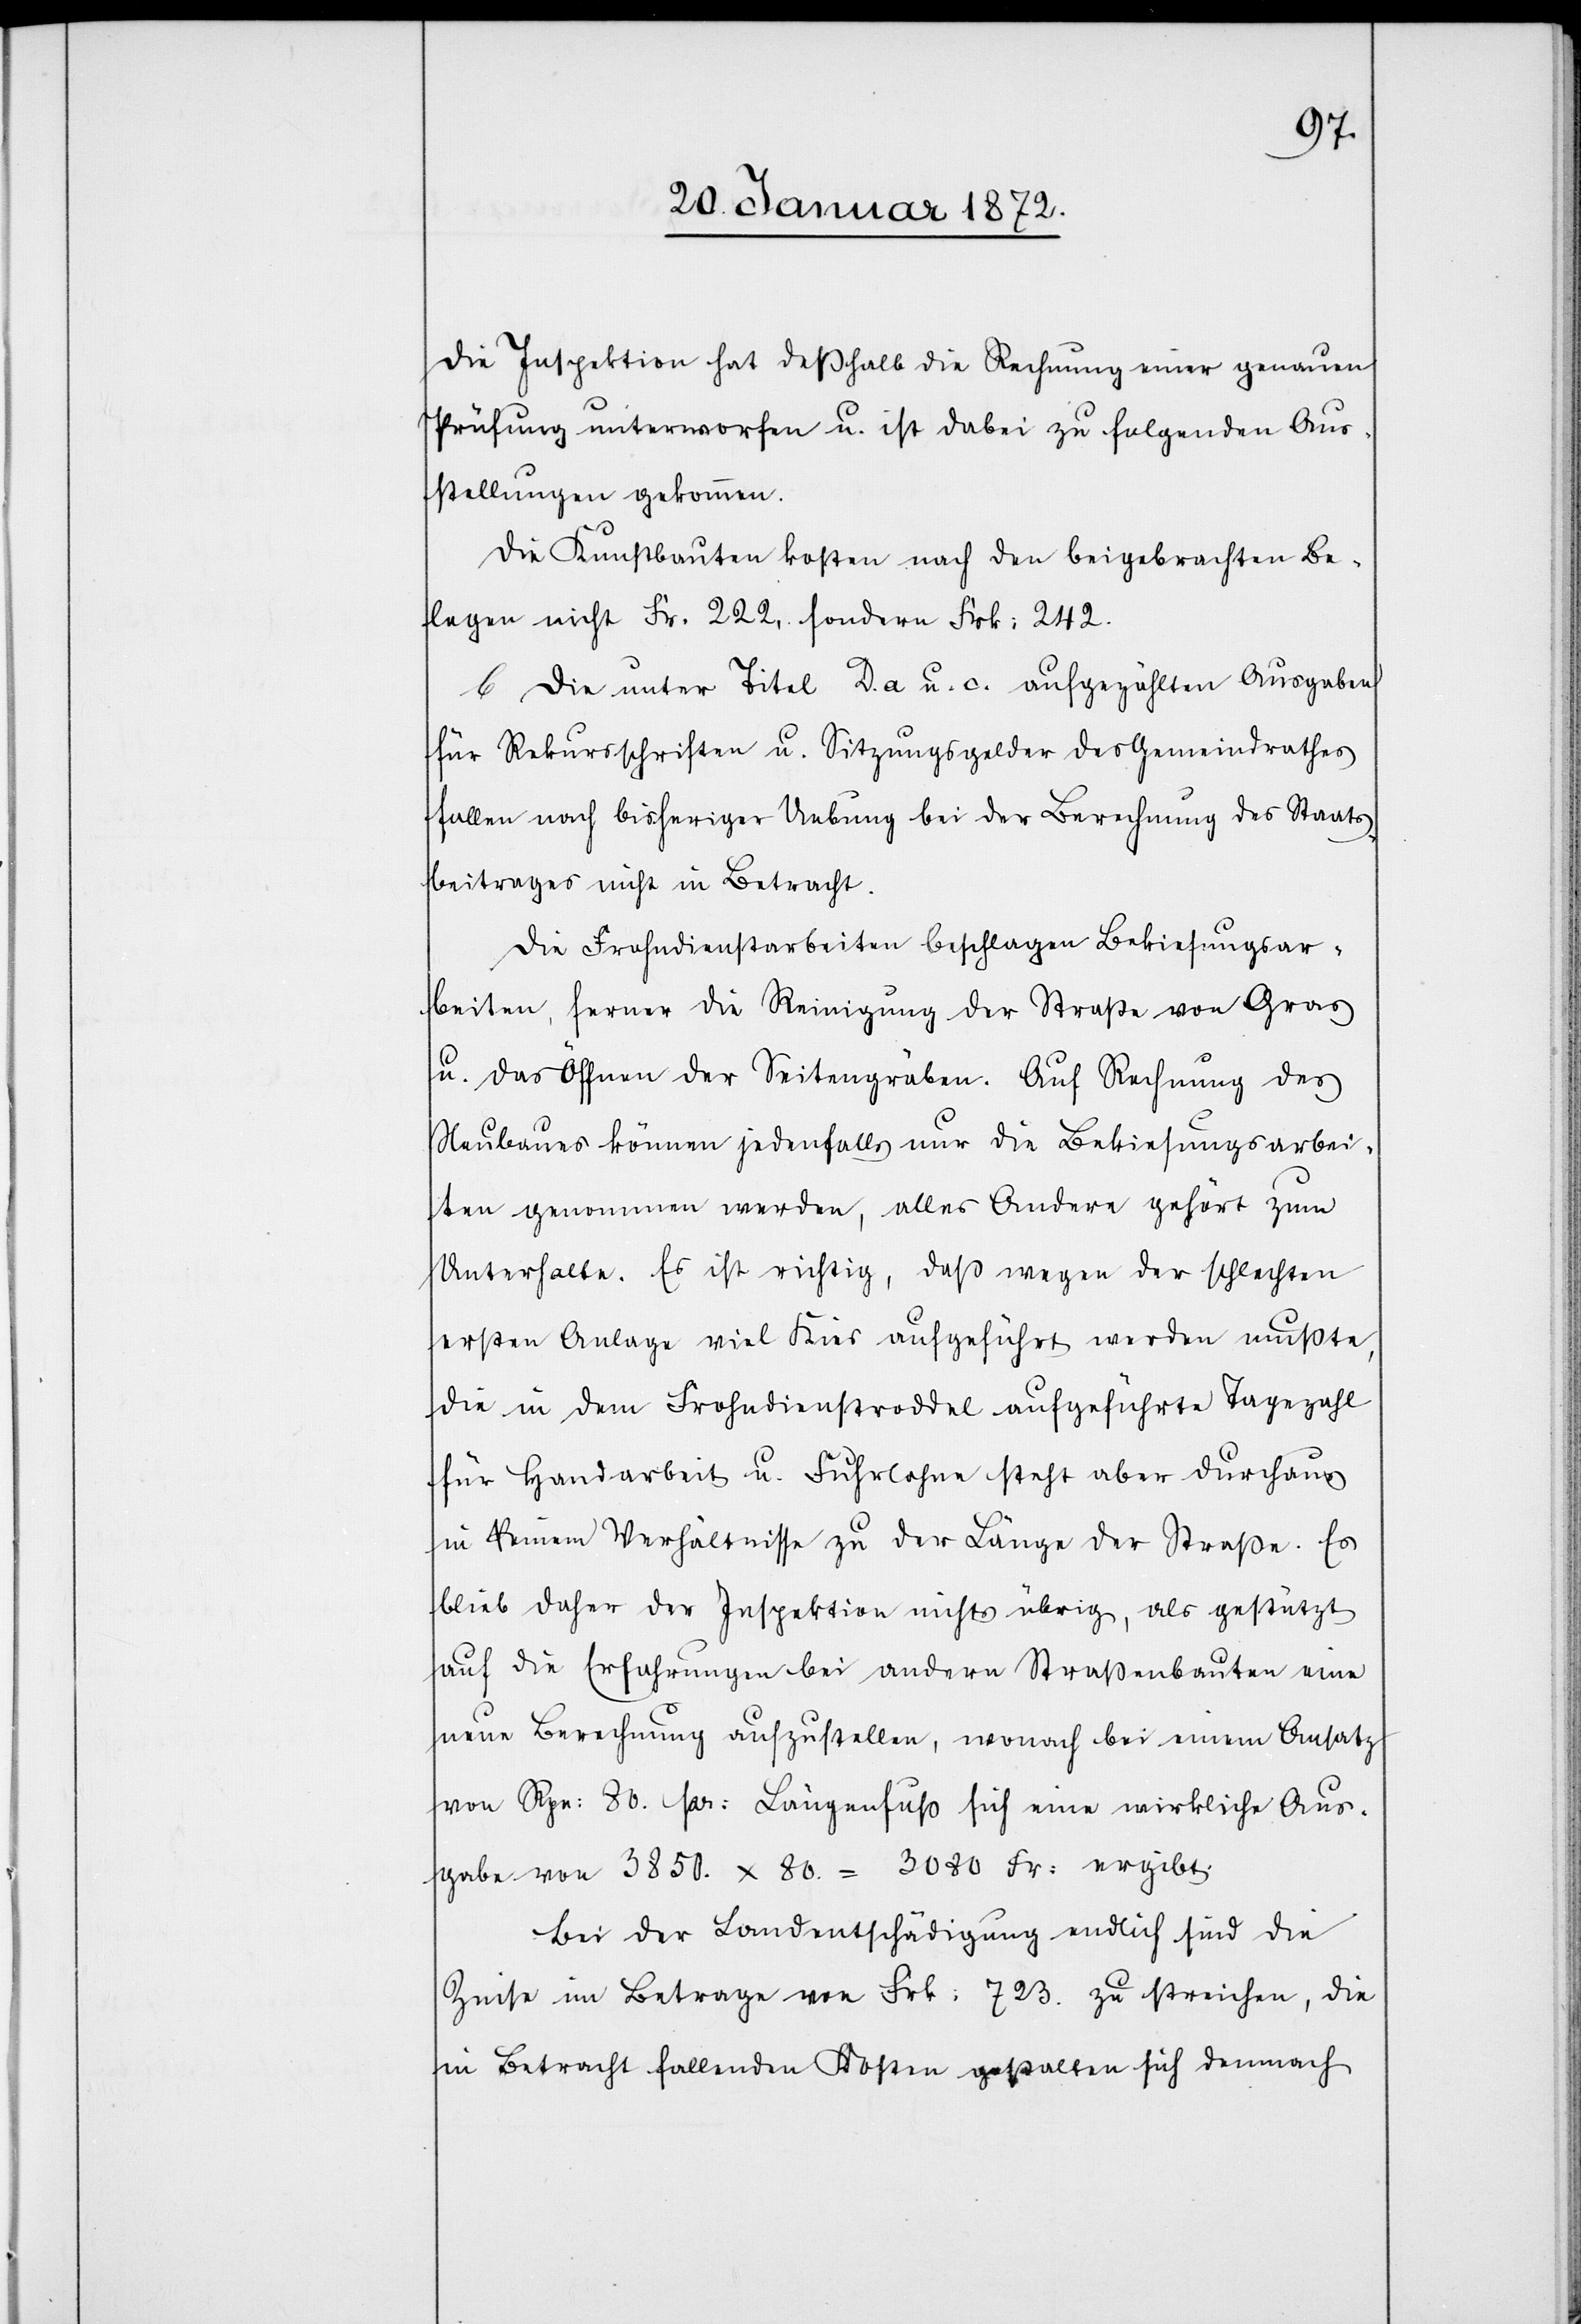
Die Inspektion hat deßhalb die Rechnung einer genauen
Prüfung unterworfen u. ist dabei zu folgenden Aus¬
stellungen gekommen.
Die Kunstbauten kosten nach den beigebrachten Be¬
legen nicht Fr. 222, sondern Frk. 242.
b Die unter Titel D. a u. c. aufgezählten Ausgaben
für Rekursschriften u. Sitzungsgelder des Gemeindrathes
fallen nach bisheriger Uebung bei der Berechnung des Staats¬
beitrages nicht in Betracht.
Die Frohndienstarbeiten beschlagen Bekiesungsar¬
beiten, ferner die Reinigung der Straße von Gras
u. das Öffnen der Seitengräben. Auf Rechnung des
Neubaues können jedenfalls nur die Bekiesungsarbei¬
ten genommen werden, alles Andere gehört zum
Unterhalte. Es ist richtig, daß wegen der schlechten
ersten Anlage viel Kies aufgeführt werden mußte,
die in dem Frohndienstroddel aufgeführte Tagezahl
für Handarbeit u. Fuhrlohne steht aber durchaus
in keinem Verhältnisse zu der Länge der Straße. Es
blieb daher der Inspektion nichts übrig, als gestützt
auf die Erfahrungen bei andern Straßenbauten eine
neue Berechnung aufzustellen, wonach bei einem Ansatz
von Rpn: 80 pr. Längenfuß sich eine wirkliche Aus¬
gabe von 3850. x 80. = 3080 Fr: ergibt.
Bei der Landentschädigung endlich sind die
Zinse im Betrage von Frk: 723. zu streichen, die
in Betracht fallenden Kosten gestalten sich demnach